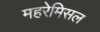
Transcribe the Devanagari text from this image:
महरेमिसल